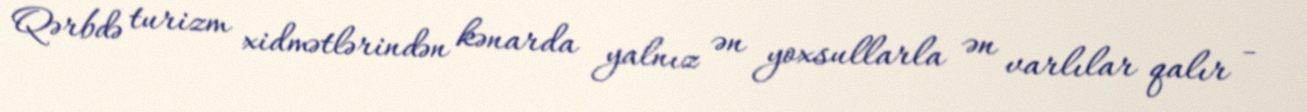
Qərbdə turizm xidmətlərindən kənarda yalnız ən yoxsullarla ən varlılar qalır -